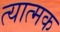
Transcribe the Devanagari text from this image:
त्यात्मक